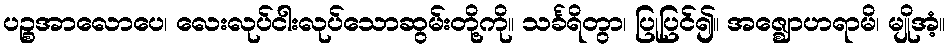
ပဉ္စအာလောပေ၊ လေးလုပ်ငါးလုပ်သောဆွမ်းတို့ကို။ သင်္ခရိတွာ၊ ပြုပြင်၍။ အဇ္ဈောဟရာမိ၊ မျိုအံ့။